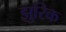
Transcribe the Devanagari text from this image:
झुरिक